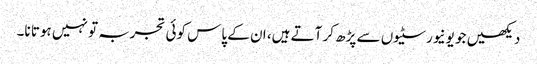
دیکھیں جو یونیورسٹیوں سے پڑھ کر آتے ہیں، ان کے پاس کوئی تجربہ تو نہیں ہوتا نا۔